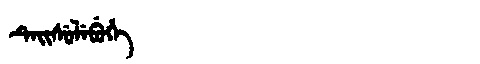
Manchu: ᡨᡝᡳᠰᡠᠯᡝᠪᡠᡥᡝ
Romanization: TEISULEBUHE